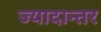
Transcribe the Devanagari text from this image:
ज्यादान्तर